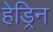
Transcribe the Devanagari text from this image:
हेड्रिन